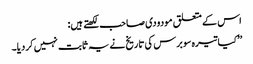
اس کے متعلق مودودی صاحب لکھتے ہیں:
’’کیا تیرہ سو برس کی تاریخ نے یہ ثابت نہیں کردیا۔